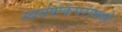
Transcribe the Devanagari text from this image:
स्वयंपाकघरांमध्ये